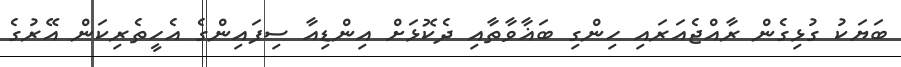
ބަޔަކު ގުޅިގެން ރާއްޖެއަރައި ހިންގި ބަޣާވާތާއި ދެކޮޅަށް އިންޑިއާ ސިފައިންގެ އެހީތެރިކަން އޭރުގެ